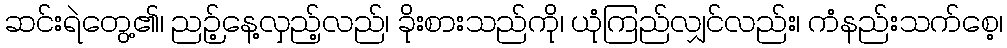
ဆင်းရဲတွေ့၏၊ ညဉ့်နေ့လှည့်လည်၊ ခိုးစားသည်ကို၊ ယုံကြည်လျှင်လည်း၊ ကံနည်းသက်စေ့၊